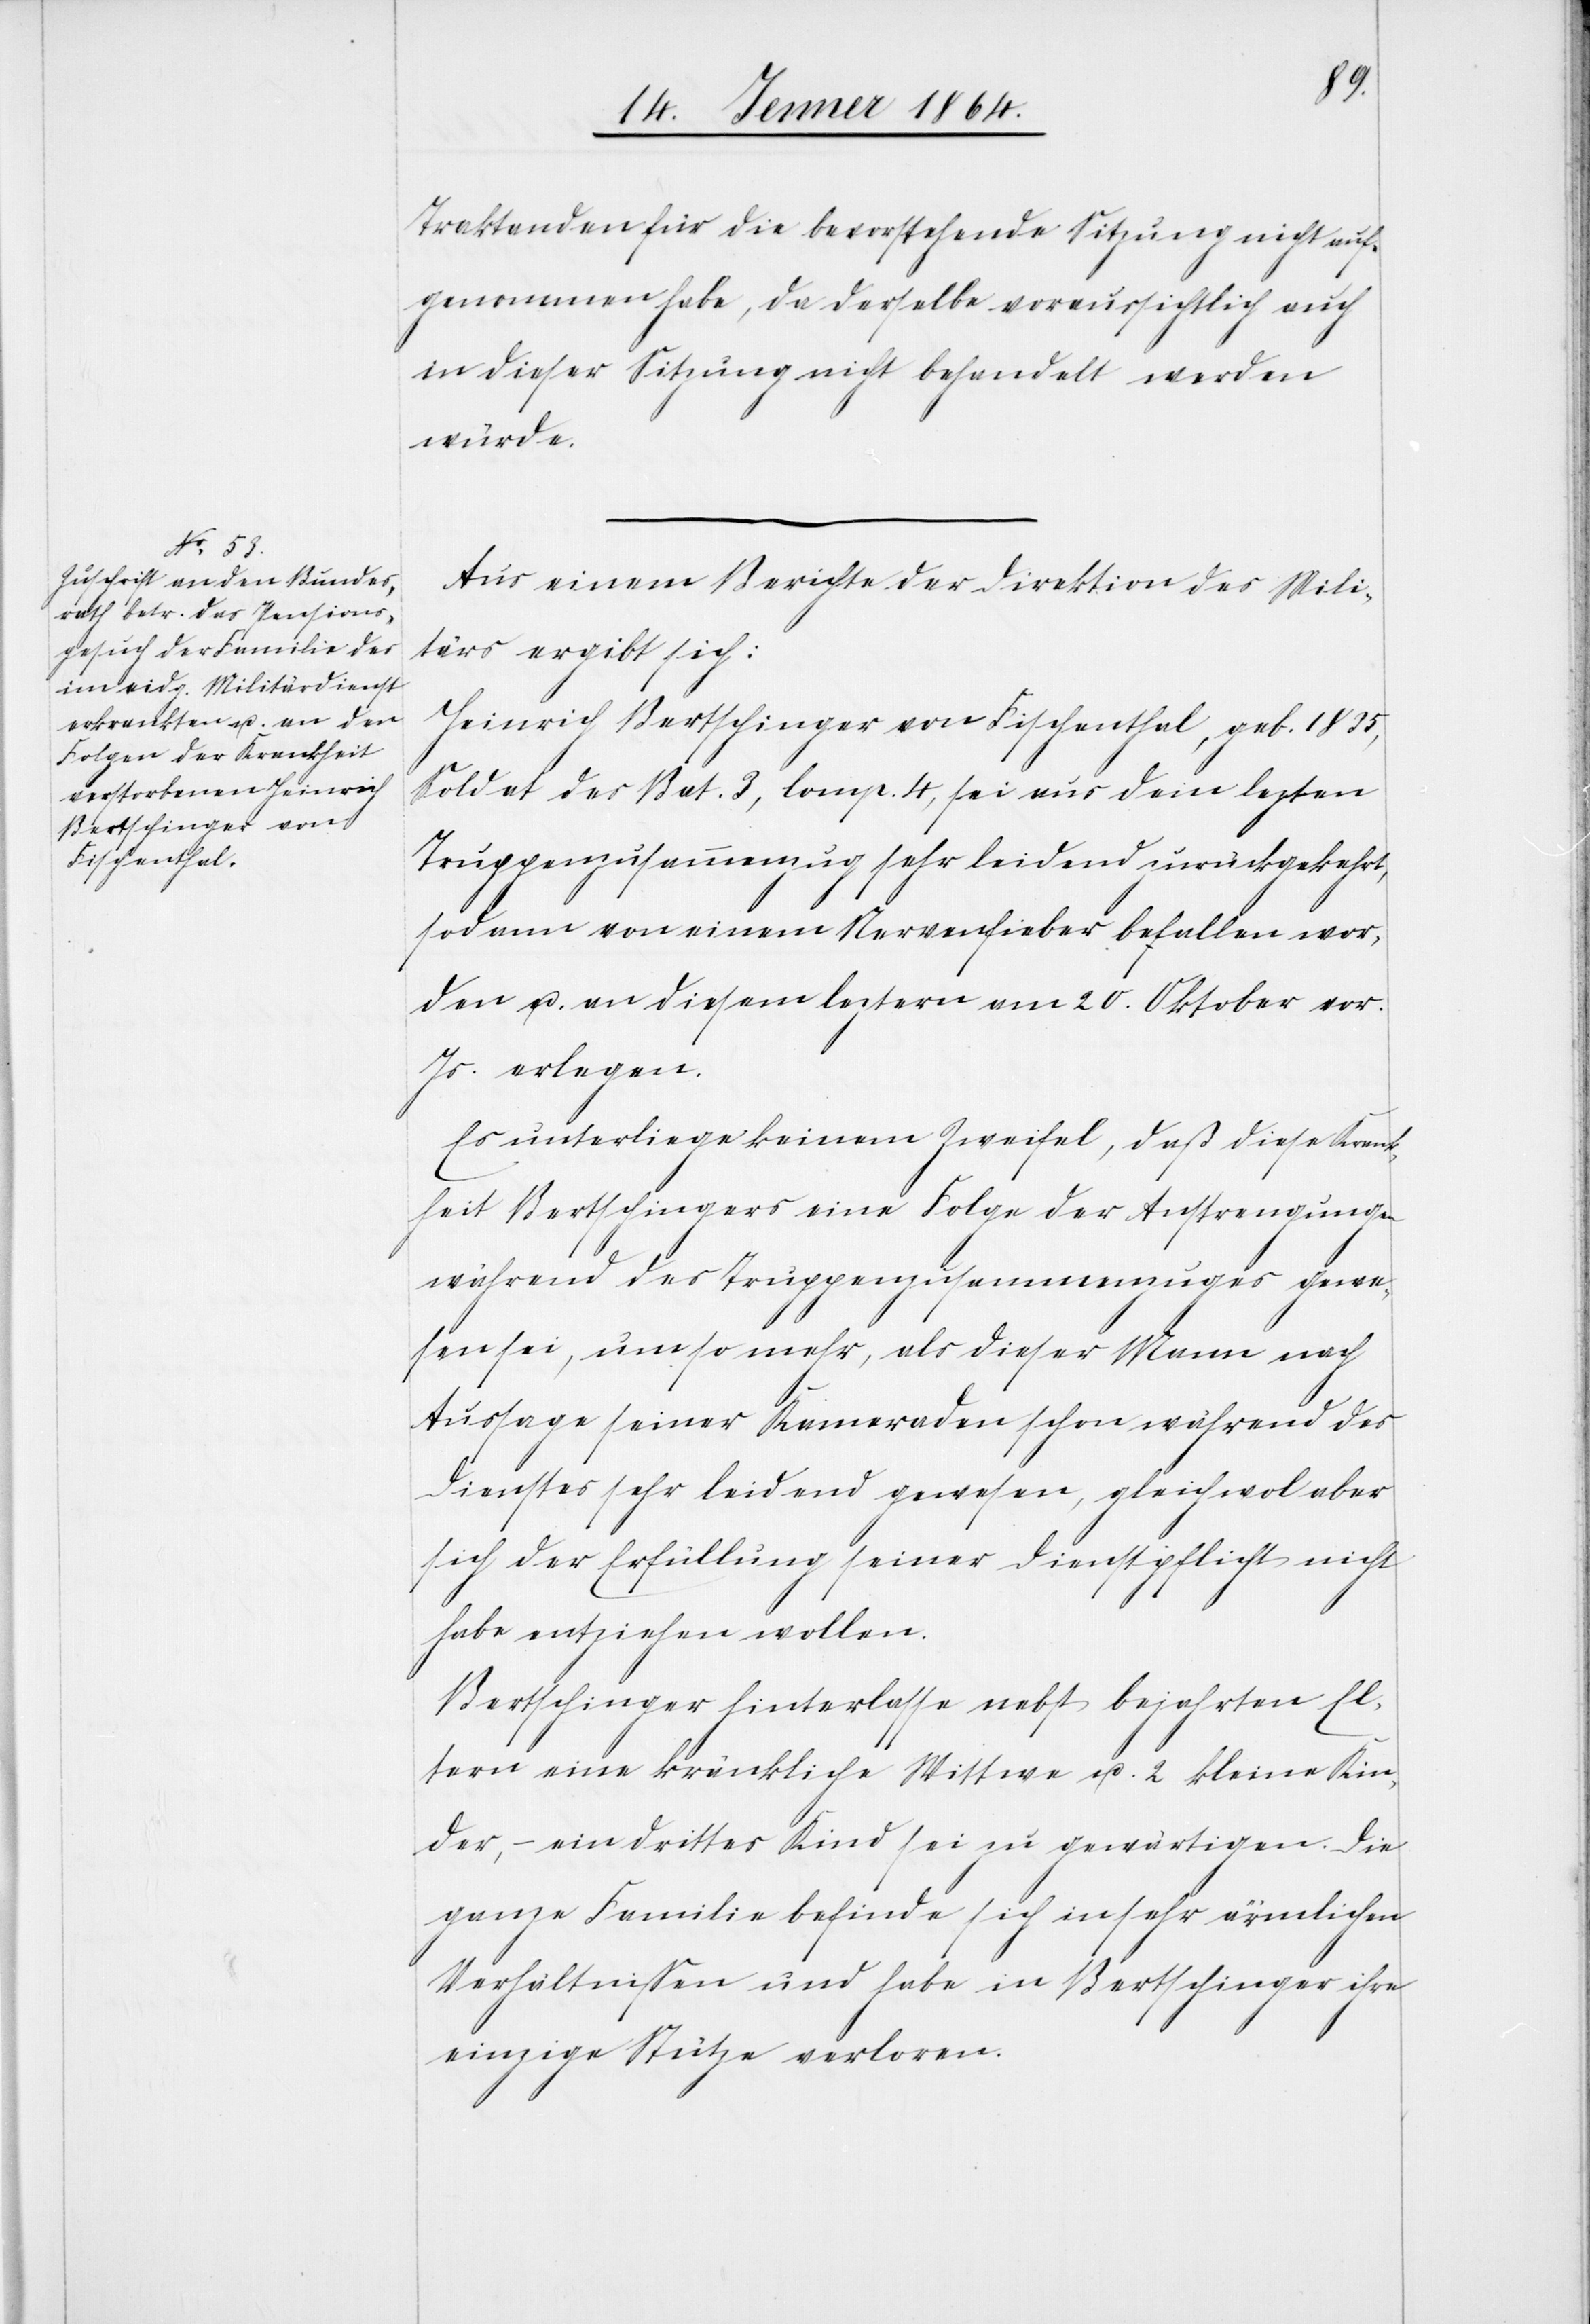
Traktanden für die bevorstehende Sitzung nicht auf¬
genommen habe, da derselbe voraussichtlich auch
in dieser Sitzung nicht behandelt werden
würde.
Aus einem Berichte der Direktion des Mili¬
tärs ergibt sich:
Heinrich Bertschinger von Fischenthal, geb. 1835,
Soldat des Bat. 3, Comp. 4, sei aus dem letzten
Truppenzusammenzug sehr leidend zurückgekehrt,
sodann von einem Nervenfieber befallen wor¬
den u. an diesem leztern am 20. Oktober vor.
Js. erlegen.
So unterliege keinem Zweifel, daß diese Krank¬
heit Bertschingers eine Folge der Anstrengungen
während des Truppenzusammenzuges gewe¬
sen sei, umso mehr, als dieser Mann nach
Aussage seiner Kameraden schon während des
Dienstes sehr leidend gewesen, gleichwol aber
sich der Erfüllung seiner Dienstpflicht nicht
habe entziehen wollen.
Bertschinger hinterlasse nebst bejahrten El¬
tern eine kränkliche Wittwe u. 2 kleine Kin¬
der, – ein drittes Kind sei zu gewärtigen. Die
ganze Familie befinde sich in sehr ärmlichen
Verhältnissen und habe in Bertschinger ihre
einzige Stütze verloren.